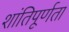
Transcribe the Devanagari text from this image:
शांतिपूर्णता